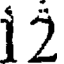
12